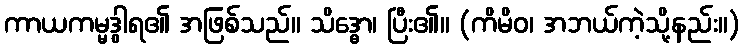
ကာယကမ္မဒွါရ၏ အဖြစ်သည်။ သိဒ္ဓော၊ ပြီး၏။ (ကိမိဝ၊ အဘယ်ကဲ့သို့နည်း။)